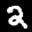
Label: 2